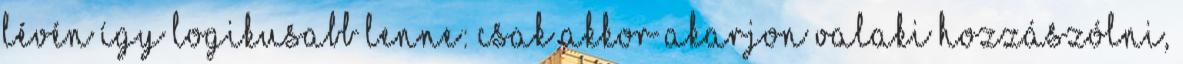
lévén így logikusabb lenne: csak akkor akarjon valaki hozzászólni,